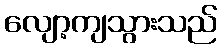
လျော့ကျသွားသည်